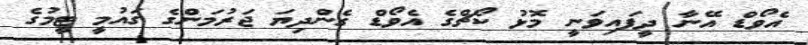
އެވޯޑް އޭނާ ދީފައިވަނީ މޮޅު ކޯޗްގެ އެވޯޑް ގެންދިޔަ ޖަރުމަންގެ ގައުމީ ޓީމުގެ